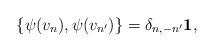
LaTeX: \begin{align*}\{ \psi(v_n),\psi(v_{n'})\}=\delta_{n,-n'}{\bf 1},\end{align*}